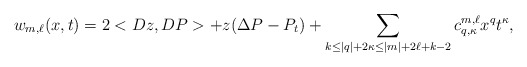
\begin{align*}w_{m,\ell}(x,t) = 2 <Dz,DP> + z (\Delta P -P_t) + \sum_{k\le |q|+2\kappa\le |m|+2\ell + k - 2} c^{m ,\ell}_{q,\kappa} x^q t^\kappa,\end{align*}